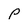
Character: P